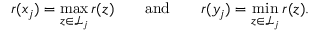
r ( x _ { j } ) = \operatorname* { m a x } _ { z \in { \mathcal { L } } _ { j } } r ( z ) \qquad { \mathrm { a n d } } \qquad r ( y _ { j } ) = \operatorname* { m i n } _ { z \in { \mathcal { L } } _ { j } } r ( z ) .